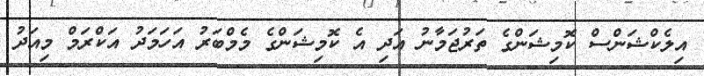
އިލެކްޝަންސް ކޮމިޝަންގެ ތަރުޖަމާނު އަދި އެ ކޮމިޝަންގެ މެމްބަރު އަހަމަދު އަކްރަމް މިއަދު